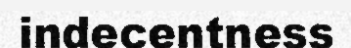
indecentness